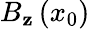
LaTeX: B_{\mathbf{z}}\left(x_{0}\right)